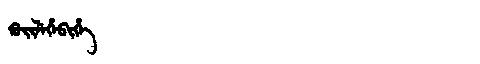
Manchu: ᡴᡠᡳᠯᡝᡥᡝᠪᡳᡥᡝ
Romanization: KUILEHEBIHE